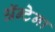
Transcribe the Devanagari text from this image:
ॲन्टेना